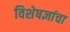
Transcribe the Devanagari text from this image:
विशेषज्ञांचा